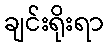
ချင်းရိုးရာ